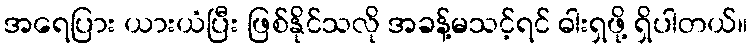
အရေပြား ယားယံပြီး ဖြစ်နိုင်သလို အခန့်မသင့်ရင် ဓါးရှဖို့ ရှိပါတယ်။